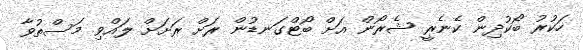
ހަކުރު ބޯކުދިން ކެނެރީ ޝެރޯން އަށް ބޯޓްގަނޑުން ރަށް ރަށަށް ލައްވި މަސްތުވާ